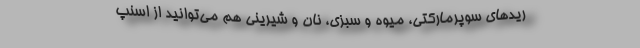
ریدهای سوپرمارکتی، میوه و سبزی، نان و شیرینی هم می‌توانید از اسنپ